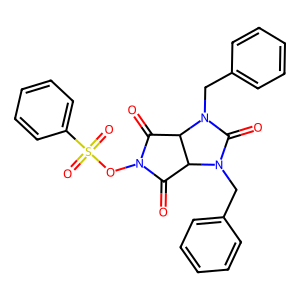
SMILES: O=C1C2C(C(=O)N1OS(=O)(=O)c1ccccc1)N(Cc1ccccc1)C(=O)N2Cc1ccccc1
Inhibits HIV replication: No